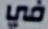
في